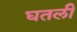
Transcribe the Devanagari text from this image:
घतली